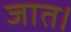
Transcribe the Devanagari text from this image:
जात।